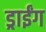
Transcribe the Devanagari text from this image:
ड्राईंग